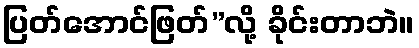
ပြတ်အောင်ဖြတ်”လို့ ခိုင်းတာဘဲ။